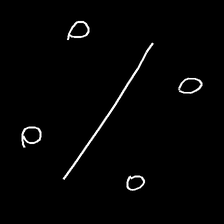
Glyph: cool